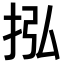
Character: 𢫠